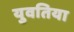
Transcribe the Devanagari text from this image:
युवतिया